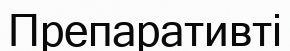
Препаративті